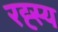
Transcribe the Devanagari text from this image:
रह्स्य